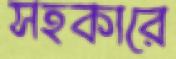
সহকারে